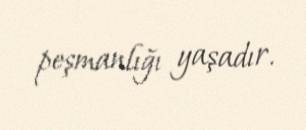
peşmanlığı yaşadır.